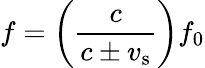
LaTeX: f=\left({\frac{c}{c\pm v_{\mathrm{s}}}}\right)f_{0}